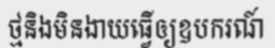
ថ្មនិងមិនងាយធ្វើឲ្យឧបករណ៍